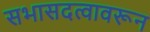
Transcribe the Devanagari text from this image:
सभासदत्वावरून